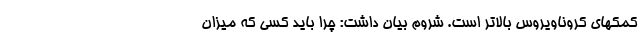
کمکهای کروناویروس بالاتر است. شروم بیان داشت: چرا باید کسی که میزان